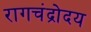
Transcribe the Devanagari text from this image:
रागचंद्रोदय